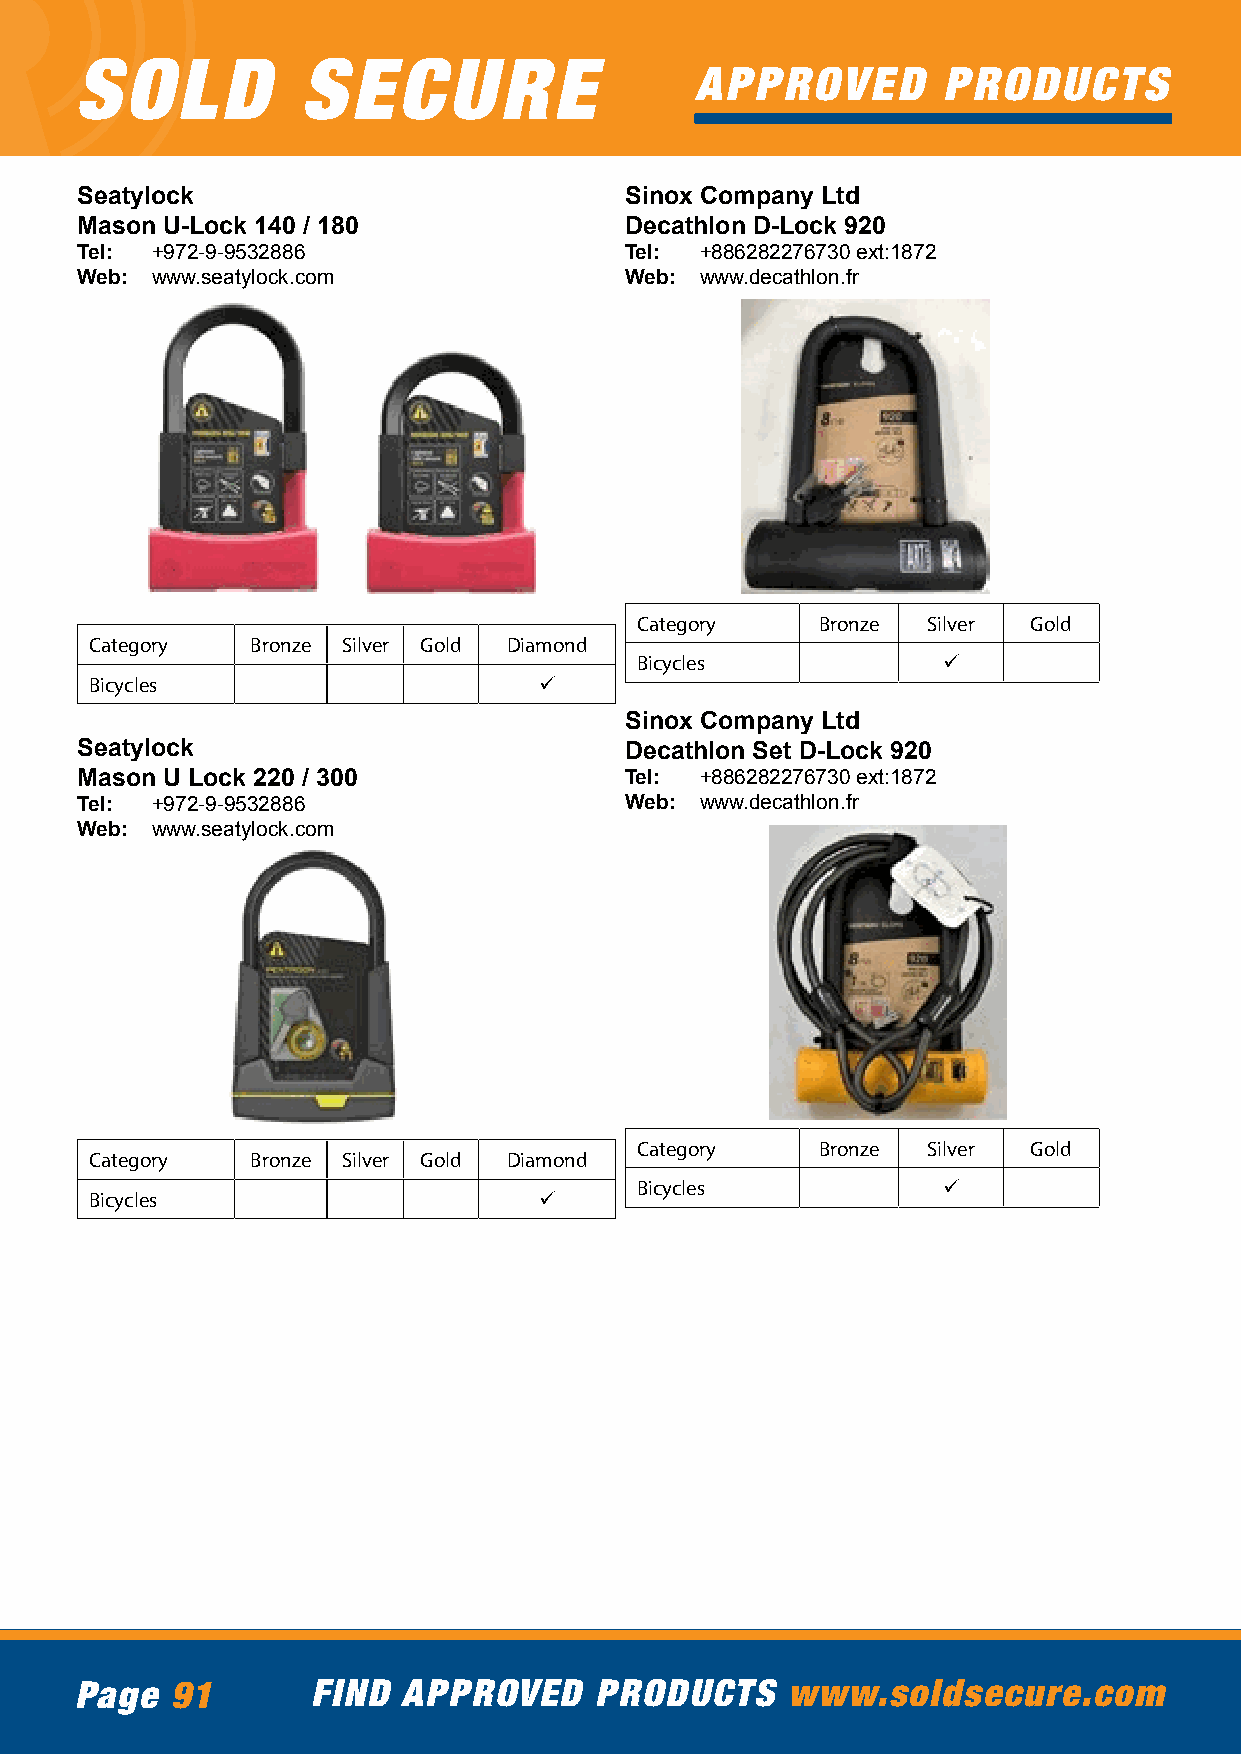
SOLD           SECURE
 APPROVED        PRODUCTS
 Seatylock                           Sinox Company Ltd
 Mason U-Lock 140 / 180              Decathlon D-Lock 920
 Tel: +972-9-9532886                 Tel: +886282276730 ext:1872
 Web: www.seatylock.com              Web: www.decathlon.fr
 Category    Bronze Silver Gold
 Category   Bronze Silver Gold Diamond
 Bicycles            ü
 Bicycles                      ü
 Sinox Company Ltd
 Seatylock                           Decathlon Set D-Lock 920
 Mason U Lock 220 / 300              Tel: +886282276730 ext:1872
 Tel: +972-9-9532886                 Web: www.decathlon.fr
 Web: www.seatylock.com
 Category    Bronze Silver Gold
 Category   Bronze Silver Gold Diamond
 Bicycles            ü
 Bicycles                      ü
 Page  91        FIND  APPROVED    PRODUCTS     www.soldsecure.com